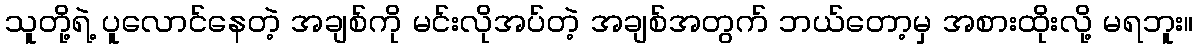
သူတို့ရဲ့ ပူလောင်နေတဲ့ အချစ်ကို မင်းလိုအပ်တဲ့ အချစ်အတွက် ဘယ်တော့မှ အစားထိုးလို့ မရဘူး။